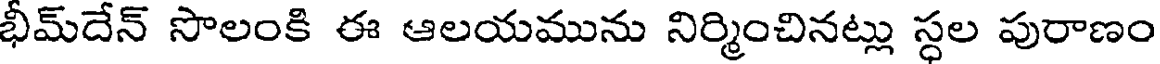
భీమ్దేన్ సొలంకి ఈ ఆలయమును నిర్మించినట్లు స్ధల పురాణం